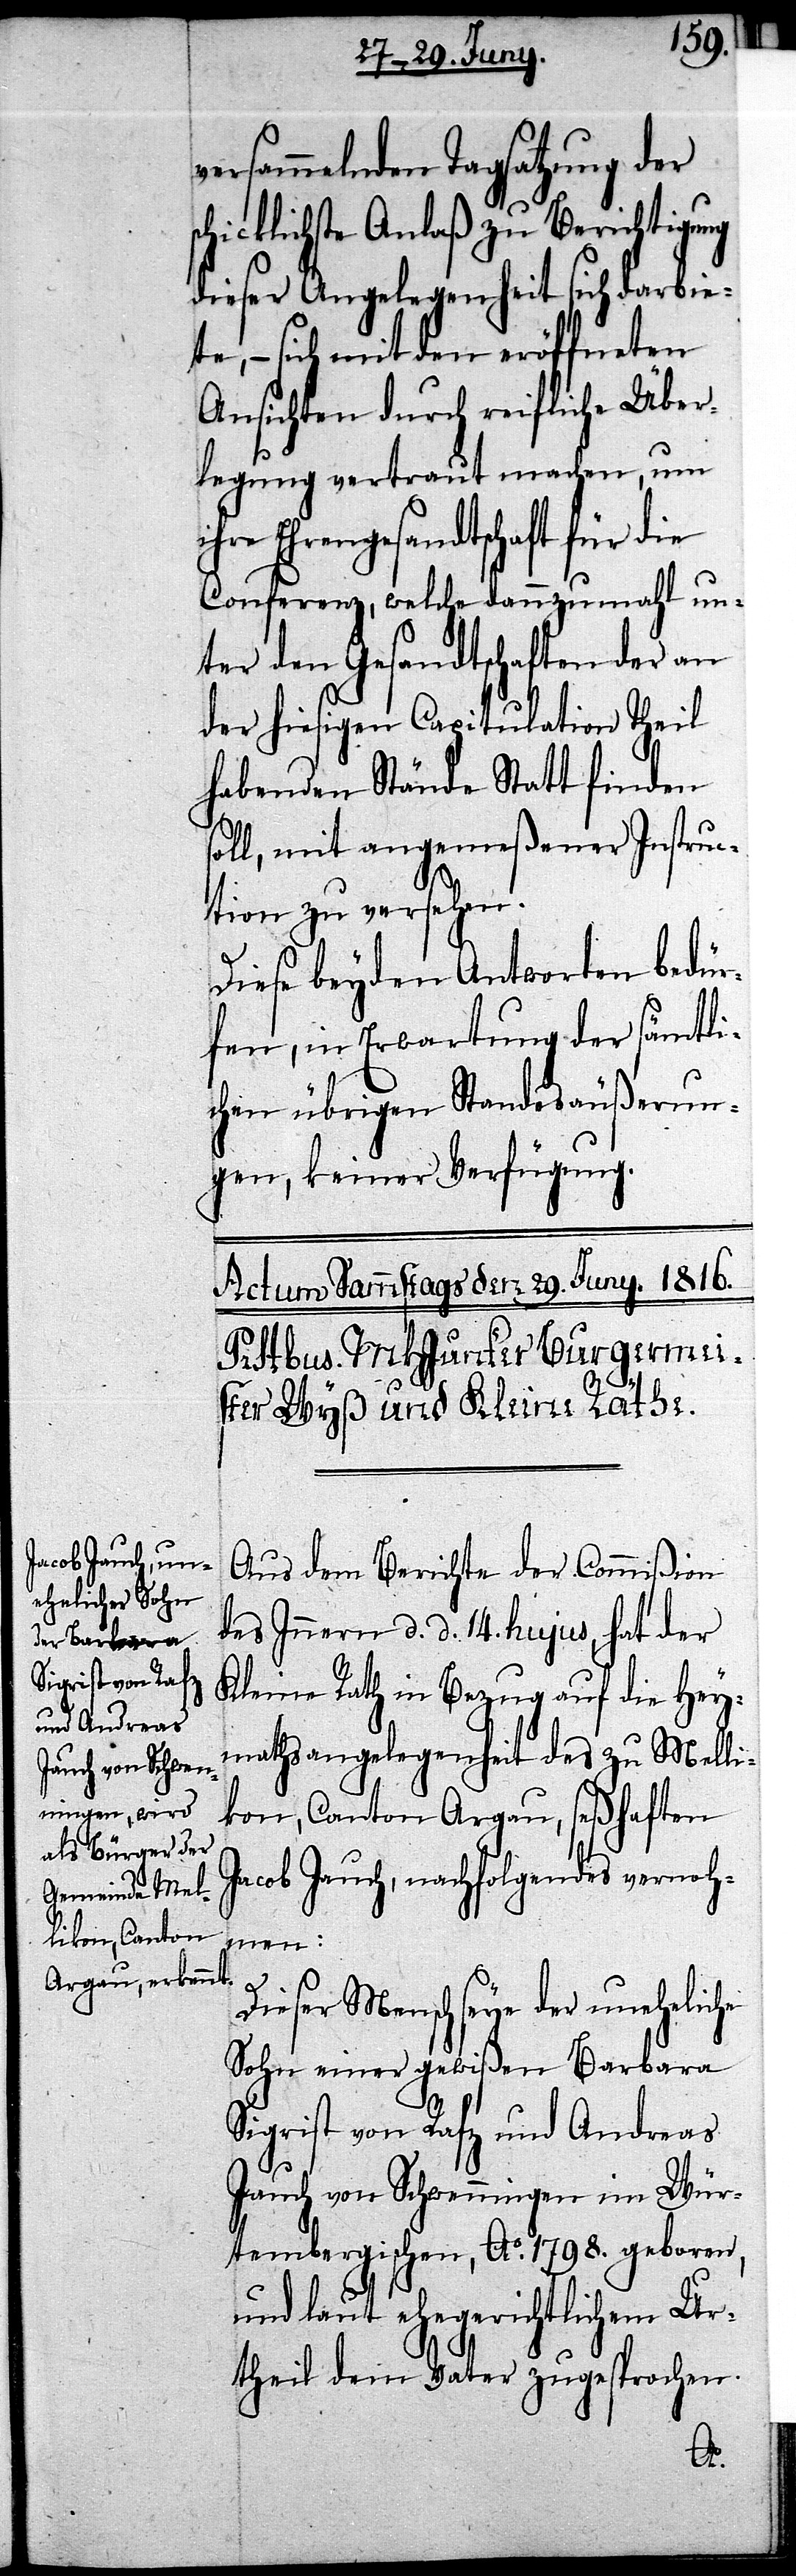
versammelnden Tagsatzung der
schicklichste Anlaß zu Berichtigung
dieser Angelegenheit sich darbie¬
te, – sich mit den eröffneten
Ansichten durch reifliche Über¬
legung vertraut machen, um
Ehrengesandtschaft für die
Conferenz, welche dannzumahl un¬
ter den Gesandtschaften der an
der hiesigen Capitulation Theil
habenden Stände Statt finden
soll, mit angemeßener Instruc¬
tion zu versehen.
Diese beyden Antworten bedür¬
fen, in Erwartung der sämtli¬
chen übrigen Standesäußerun¬
gen, keiner Verfügung.
Aus dem Berichte der Commißion
des Innern d. d. 14. hujus, hat der
Kleine Rath in Bezug auf die Hey¬
mathsangelegenheit des zu Melli¬
kon, Canton Argau, seßhaften
Jacob Jauch, nachfolgendes vernoh¬
men:
Dieser Mensch seye der uneheliche
Sohn einer gewißen Barbara
Sigrist von Rafz und Andreas
Jauch von Schwenningen im Wür¬
tembergischen, Ao. 1798. geboren,
und laut ehegerichtlichem Ur¬
theil dem Vater zugesprochen.